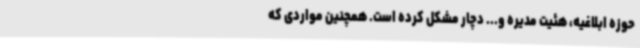
حوزه ابلاغیه، هئیت مدیره و... دچار مشکل کرده است. همچنین مواردی که